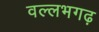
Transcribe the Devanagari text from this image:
वल्लभगढ़